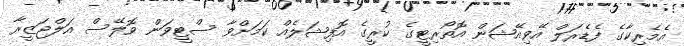
އެމެރިކާގެ ފެޑެރަލް އޭވިއޭޝަން އޮތޯރިޓީގެ ކުރީގެ އޮފިޝަލެއް ކަމަށްވާ ސްޓީވަން ވޮލޭސް އަލްޖަޒީރާ